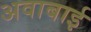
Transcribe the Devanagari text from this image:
अवाबाई